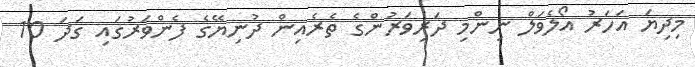
މިދިޔަ އަހަރު އޯލެވަލް ނިންމި ދަރިވަރުންގެ ތެރެއިން ދުނިޔޭގެ ފެންވަރުގައި ގަދަ 10